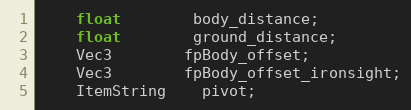
Language: C
	float		body_distance;
	float		ground_distance;
	Vec3		fpBody_offset;
	Vec3		fpBody_offset_ironsight;
	ItemString	pivot;